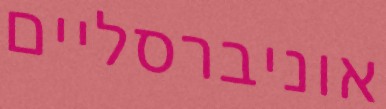
אוניברסליים